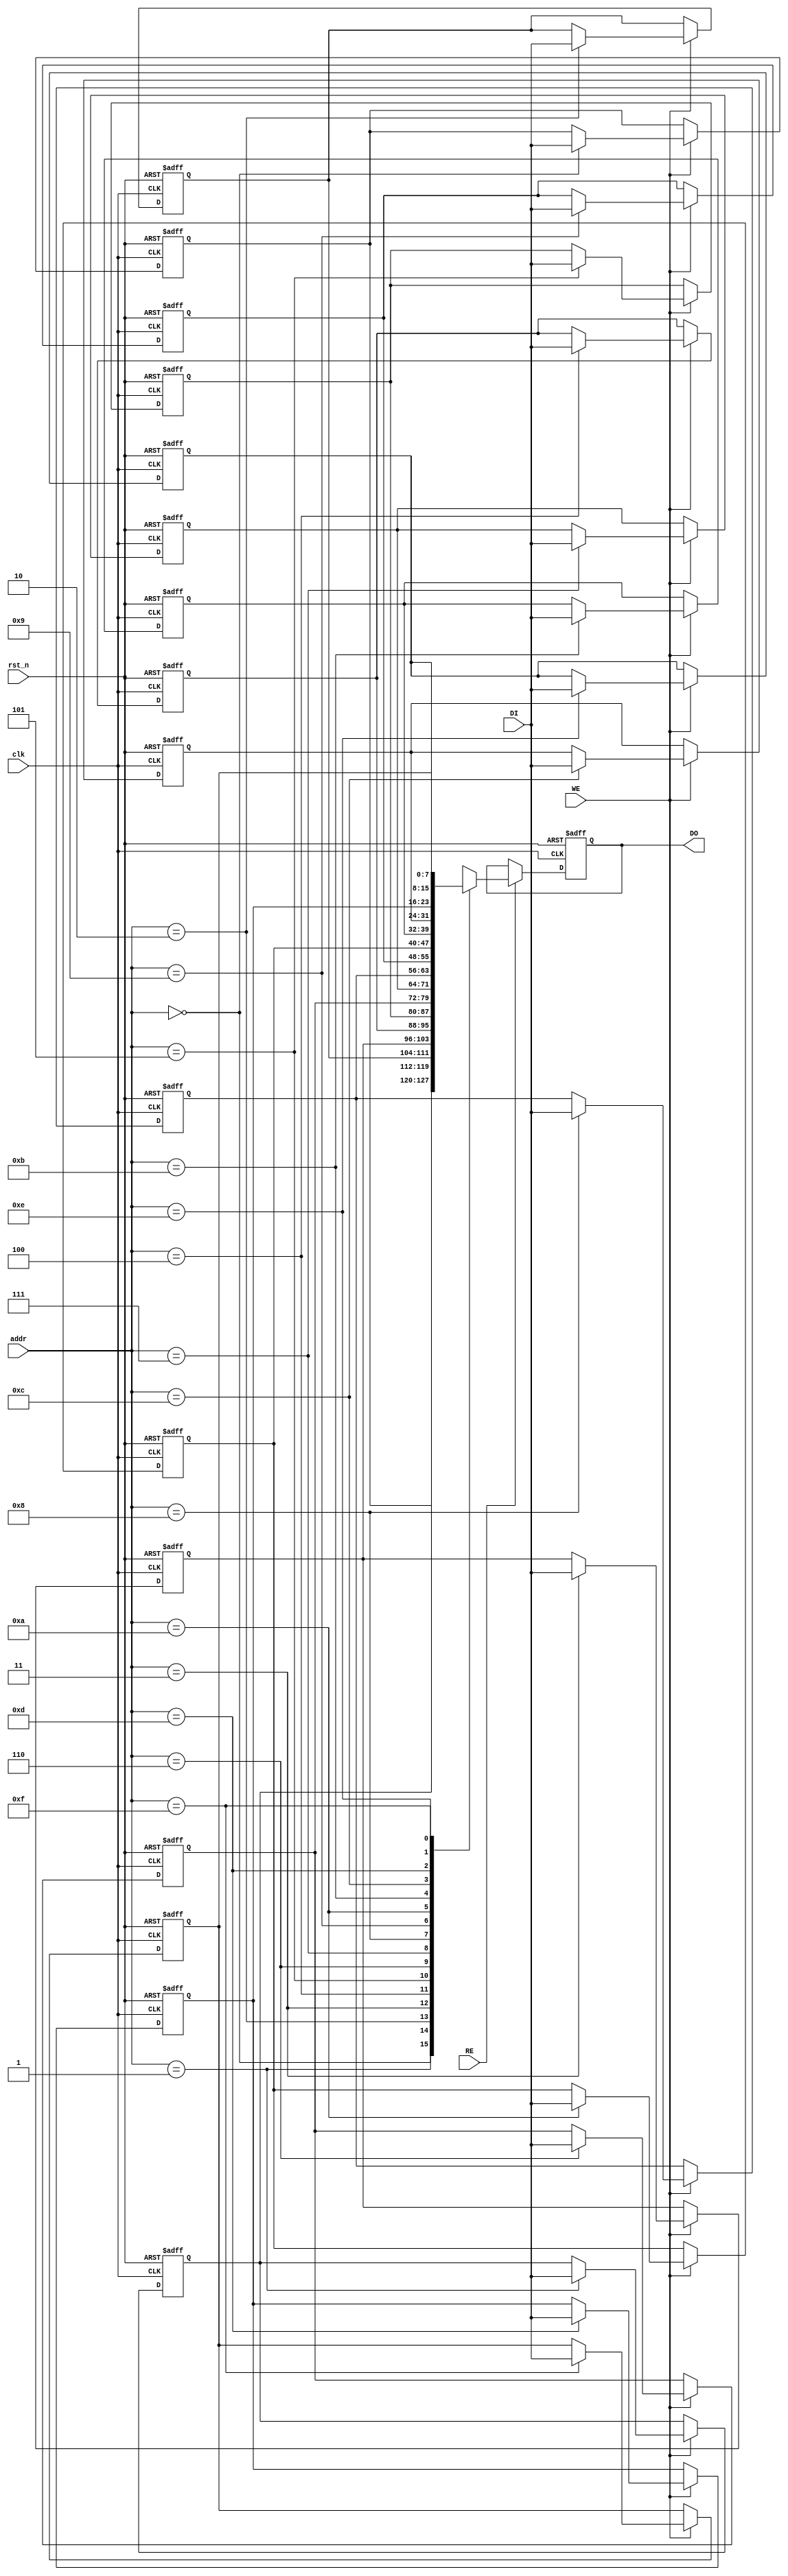
module RegisterFileSRAM #(
    parameter ADDR_WIDTH = 4,  // Number of bits for address (e.g., 4 bits for 16 registers)
    parameter DATA_WIDTH = 8    // Number of bits for each register (e.g., 8 bits)
)(
    input wire clk,              // Clock signal
    input wire rst_n,           // Active low reset signal
    input wire WE,              // Write enable signal
    input wire RE,              // Read enable signal
    input wire [ADDR_WIDTH-1:0] addr, // Address for read/write
    input wire [DATA_WIDTH-1:0] DI,    // Data input for write operations
    output reg [DATA_WIDTH-1:0] DO     // Data output for read operations
);

    // Memory array: 2D array of registers
    reg [DATA_WIDTH-1:0] memory [(2**ADDR_WIDTH)-1:0];

    // Initialization on reset
    integer i;
    always @(posedge clk or negedge rst_n) begin
        if (!rst_n) begin
            // Initialize all registers to zero on reset
            for (i = 0; i < (2**ADDR_WIDTH); i = i + 1) begin
                memory[i] <= {DATA_WIDTH{1'b0}};
            end
            DO <= {DATA_WIDTH{1'b0}}; // Ensure output is also zero on reset
        end else begin
            // Write Operation
            if (WE) begin
                memory[addr] <= DI; // Write data to the specified address
            end
            
            // Read Operation
            if (RE) begin
                DO <= memory[addr]; // Read data from the specified address
            end
        end
    end

endmodule